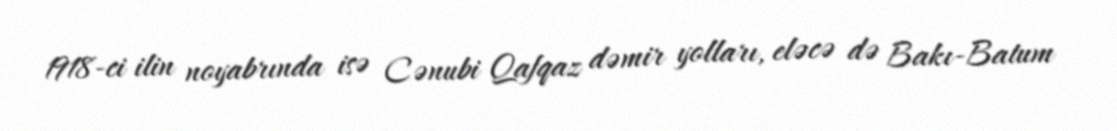
1918-ci ilin noyabrında isə Cənubi Qafqaz dəmir yolları, eləcə də Bakı-Batum